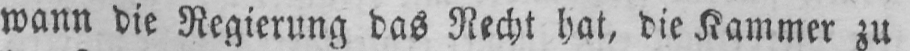
wann die Regierung das Recht hat, die Kammer zu